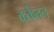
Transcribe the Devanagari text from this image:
कर्केंतन